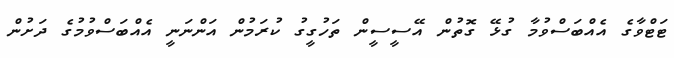
ޓަޓްވާގެ އެއްބަސްވުމާ ގުޅޭ ގޮތުން އޭސީސީން ތަހުގީގު ކުރަމުން އަންނަނީ އެއްބަސްވުމުގެ ދަށުން